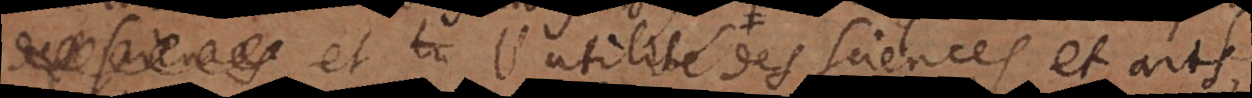
sciences et l’utilité des sciences et arts,